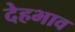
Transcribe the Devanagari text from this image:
देहभाव